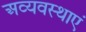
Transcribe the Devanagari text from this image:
अव्यवस्थाएं